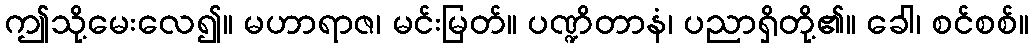
ဤသို့မေးလေ၍။ မဟာရာဇ၊ မင်းမြတ်။ ပဏ္ဍိတာနံ၊ ပညာရှိတို့၏။ ခေါ၊ စင်စစ်။